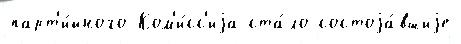
парт'и́йного Ком'и́сс'иjа ста́ло состоjа́вшиjе